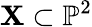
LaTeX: \mathbf{X}\subset\mathbb{{P}}^{2}